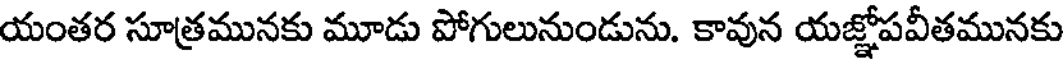
యంతర సూత్రమునకు మూడు పోగులునుండును. కావున యజ్ఞోపవీతమునకు